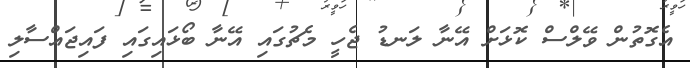
އެގޮތުން ވޭލްސް ކޮޅަށް އޭނާ ލަނޑު ޖެހީ މެޗުގައި އޭނާ ބޯޅައިގައި ފައިޖައްސާލި